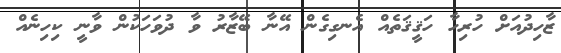
ޒާހިދުއަށް ހުރިހާ ހަޤީޤަތެއް އެނގިގެން އޭނާ ބޭޒާރު ވާ ދުވަހަކުން ވާނީ ކިހިނެއް